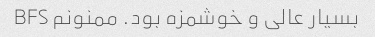
بسیار عالی و خوشمزه بود. ممنونم BFS